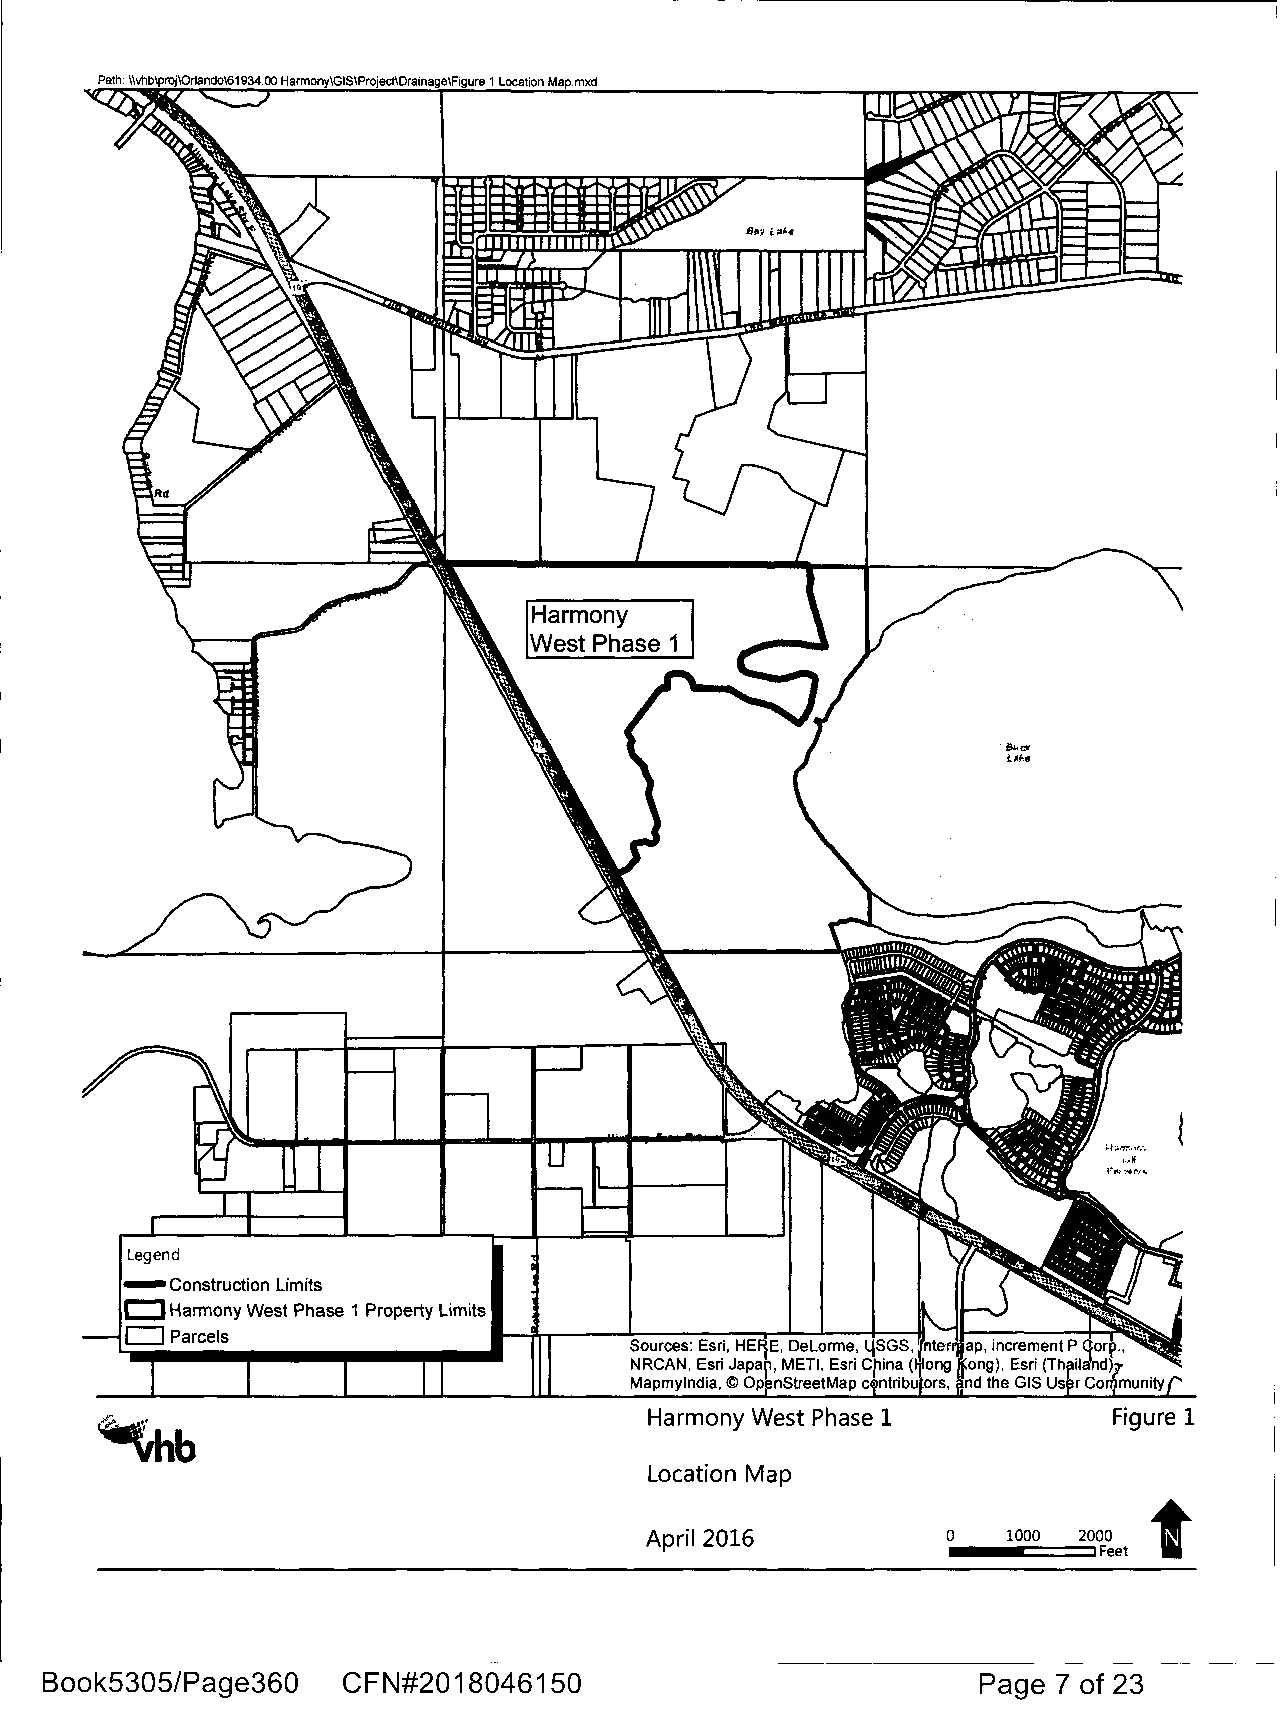
Path: llvhblproj\Orlando\61934.00 Harmony\GIS\Project\Drainage\Figure 1 Location Map.mxd
 Harmony
 West Phase 1
 Legend
 -construction Limits
 CJ
 Harmony West Phase 1 Property Limits
 □  Parcels
 Sources: Esri, HE~E, Delorme, 4sGS, nterrpp, increment P ~orp ..
 NRCAN, Esri Japa , METI, Esri Cpina (~ong lfOng), Esri (Th iland)7
 Mapmylndia, © Op nStreetMap c ntribu ors, nd the GIS Us r Community
 Harmony West Phase 1           Figure 1
 Location Map
 t
 April 2016          0   1000 2000
 •--c:::==::::::iFeet
 Book5305/Page360    CFN#2018046150                            Page 7 of 23